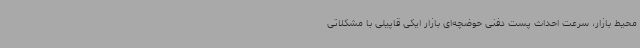
محیط بازار، سرعت احداث پست دفنی حوضچه‌ای بازار ایکی قاپیلی با مشکلاتی